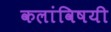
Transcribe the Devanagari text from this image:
कलांविषयी